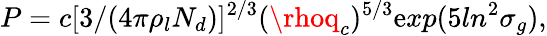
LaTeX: P=c[3/(4\pi\rho_{l}N_{d})]^{2/3}(\rhoq_{c})^{5/3}\mathrm{e}xp(5ln^{2}\sigma_{g}),